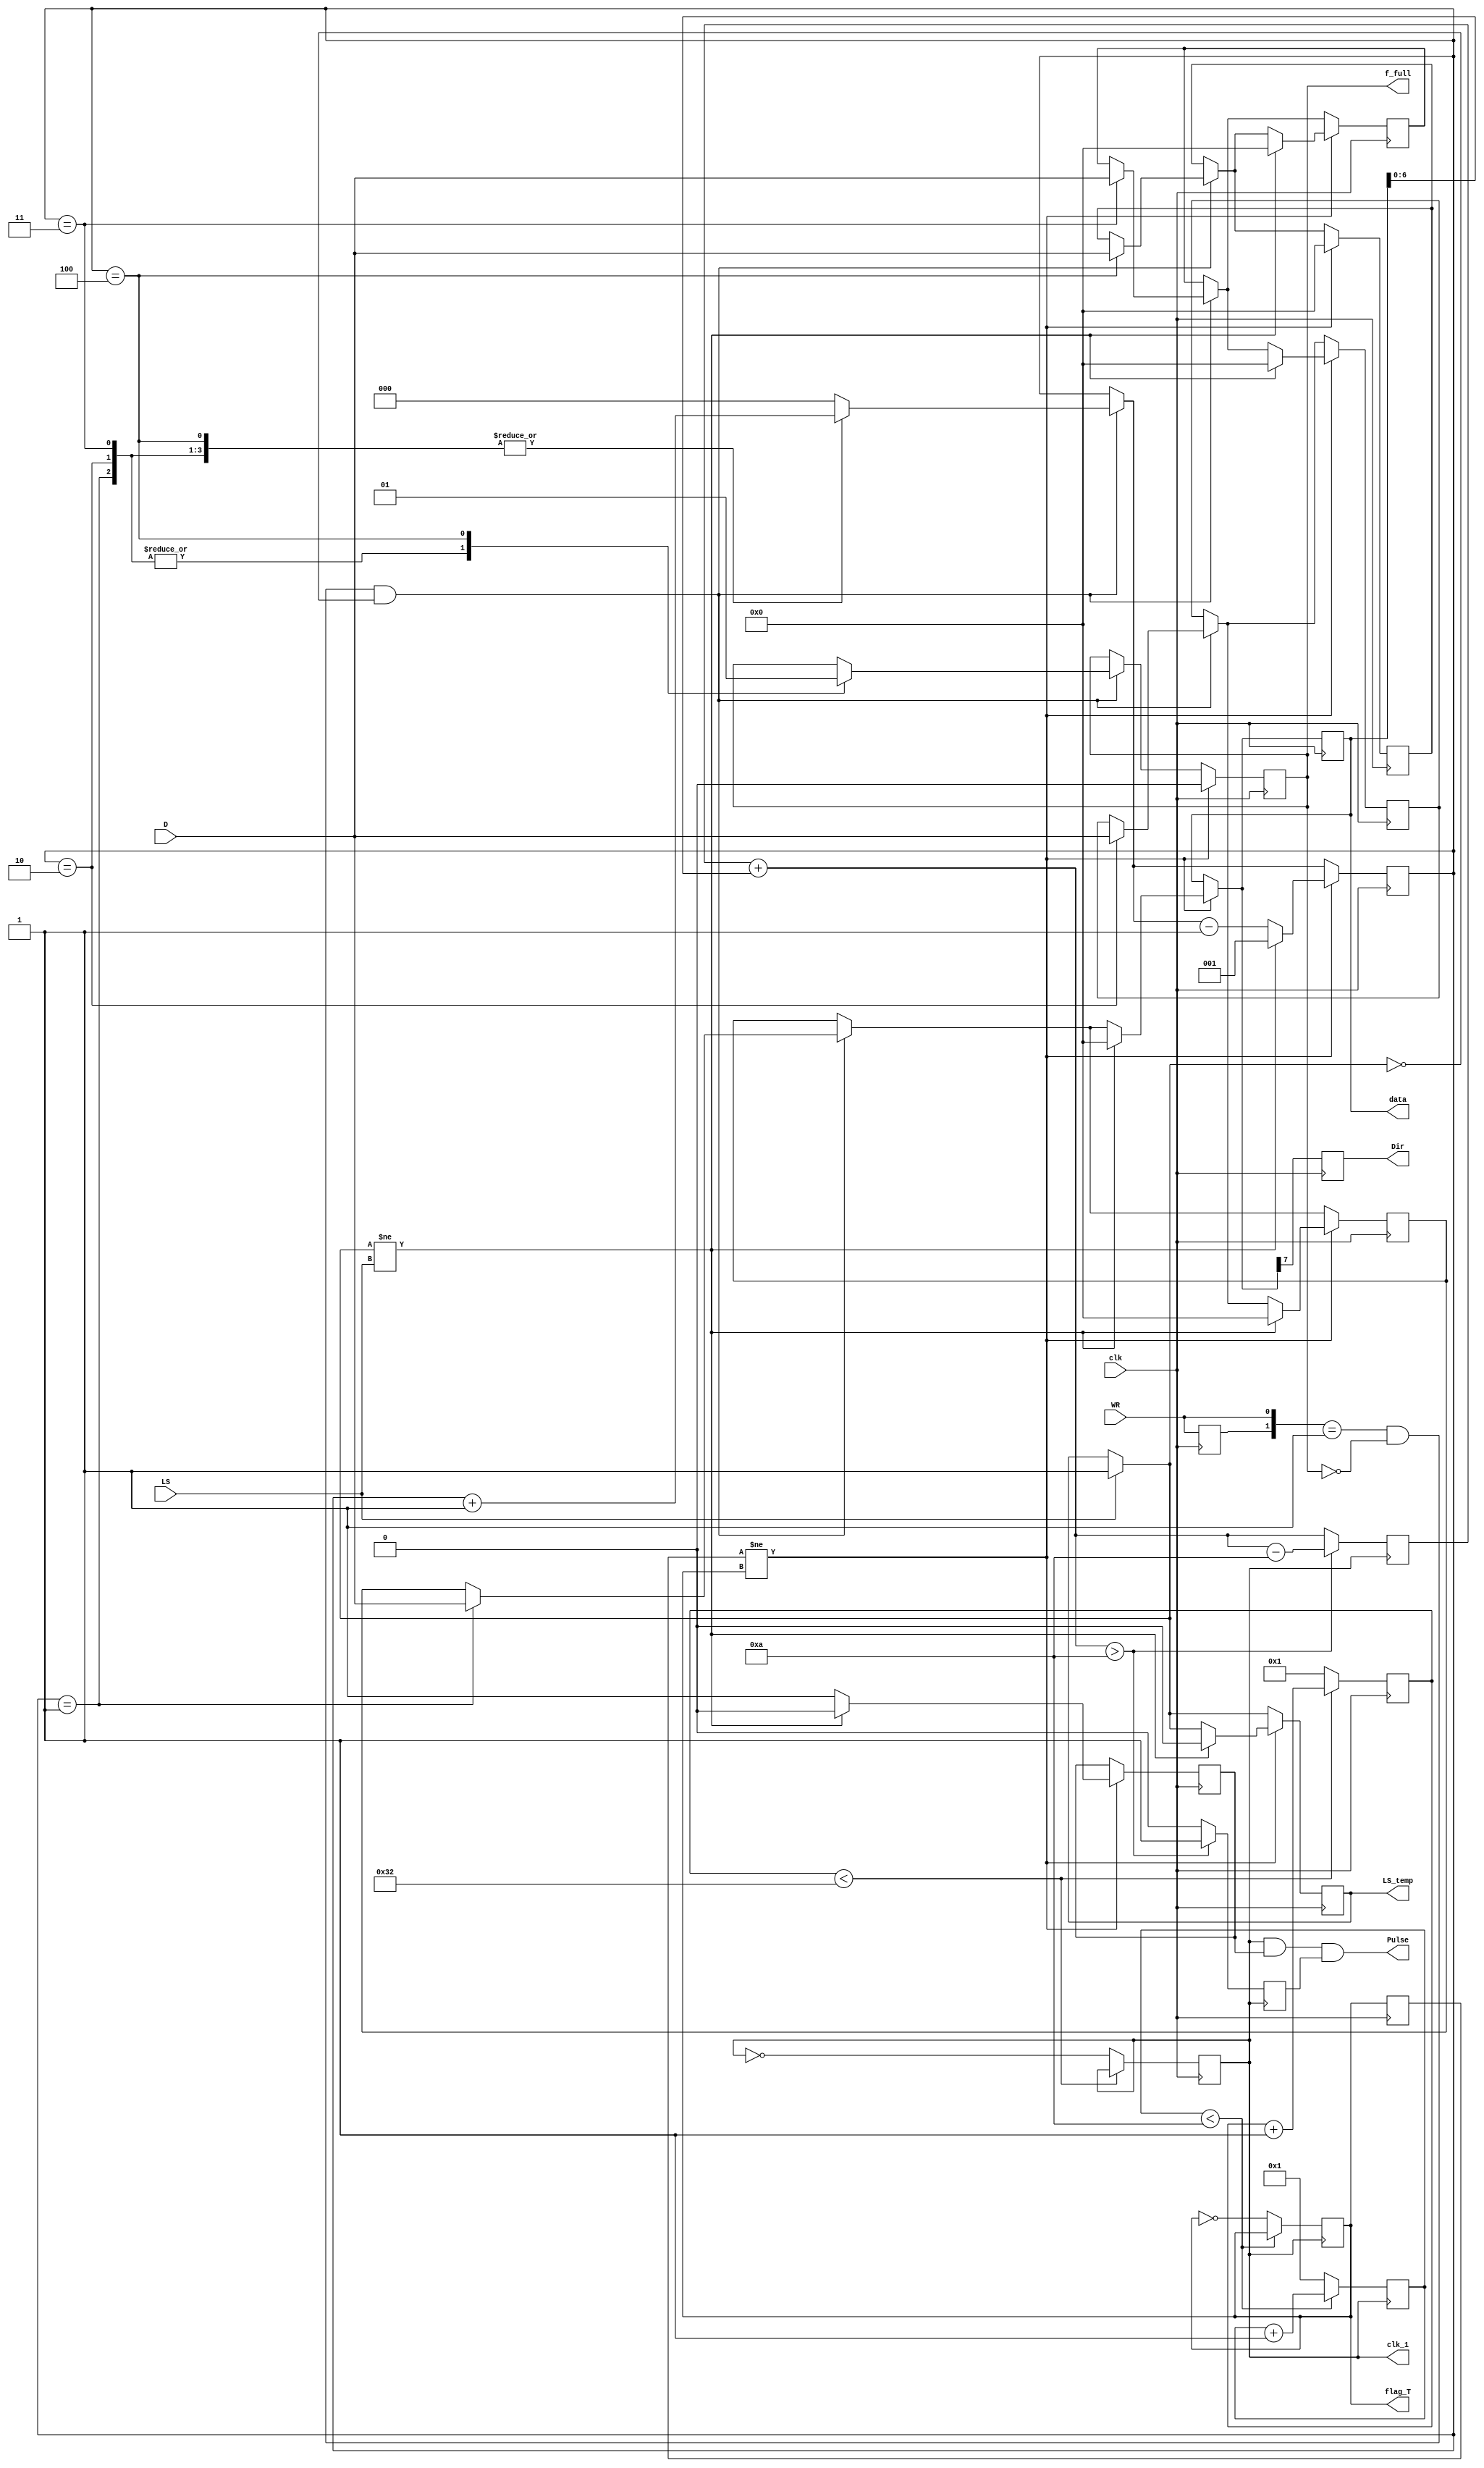
module Bai_3 (clk, clk_1, WR, D, Pulse, LS, f_full, flag_T, Dir, data, LS_temp);
input clk, WR, LS;
input [7:0] D;
output clk_1, f_full, flag_T, Pulse, Dir, LS_temp;
output reg [7:0] data=0;
reg [7:0] temp_1=0, acc=10, Nbuff_1, Nbuff_2, Nbuff_3, Nbuff_4;
reg [3:0] temp_2=0;
reg [2:0] cnt_1=1;
reg pre_WR, pre_flag_T, pinout_1, pinout_2, clk_1, f_full, flag_T, Dir, LS_temp;
//initial							//Khoi dong
//begin
//	acc <= N;
//end
always @(posedge clk)		//Tao xung clk_1
begin
if(temp_1 < 50)
	temp_1 = temp_1 + 1;
else
begin
	clk_1 = ~clk_1;
	temp_1 = 1;
end
end
//-------------------------
always @(posedge clk_1)		//Tao xung flag_T
begin
if(temp_2 < 10)
	temp_2 = temp_2 + 1; 
else
begin
	flag_T = ~flag_T;
	temp_2 = 1;
end
end
//----------------------------------------
always @(posedge clk)		//Xu ly data
begin		
pre_WR <= WR;
pre_flag_T <= flag_T;
if(LS == 1)
	LS_temp = 1;
begin
	if({pre_WR,WR} == 2'b01 && f_full == 0 && LS_temp == 0)
		case(cnt_1)
			1: 
			begin
				Nbuff_1 = D;
				cnt_1 = cnt_1 + 1;
				f_full = 0;
			end
			2: 
			begin
				Nbuff_2 = D;
				cnt_1 = cnt_1 + 1;
				f_full = 0;
			end
			3:
			begin
				Nbuff_3 = D;
				cnt_1 = cnt_1 + 1;
				f_full = 0;
			end
			4:	
			begin
				Nbuff_4 = D;
				cnt_1 = cnt_1 + 1;
				f_full = 1;
			end
			default: cnt_1 = 0;
		endcase
end
if(pre_flag_T != flag_T)
	begin
		if(LS_temp != LS)
		begin
			pinout_1 = 0;
			data = 0;
			Nbuff_1 = 0;
			Nbuff_2 = 0;
			Nbuff_3 = 0;
			Nbuff_4 = 0;
			cnt_1 = 1;
			LS_temp = 0;
			f_full = 0;
		end
		else
		begin
			pinout_1 = 1;
			cnt_1 = cnt_1 - 1;
			f_full = 0;
			data = Nbuff_1;
			Nbuff_1 = Nbuff_2;
			Nbuff_2 = Nbuff_3;
			Nbuff_3 = Nbuff_4;
			Nbuff_4 = 0;
		end
	end
	Dir = data[7];
end
//-------------------------------
always @(posedge clk_1)			//Rai xung
begin
acc = acc + data[6:0];
begin
if(acc > 10)
	begin
		acc = acc - 10;
		pinout_2 = 1;
	end
else
	pinout_2 = 0;
end
end
	assign Pulse = clk_1&pinout_1&pinout_2;
endmodule